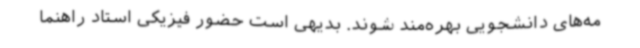
مه‌های دانشجویی بهره‌مند شوند. بدیهی است حضور فیزیکی استاد راهنما